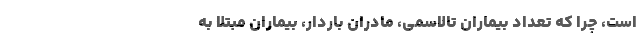
است، چرا که تعداد بیماران تالاسمی، مادران باردار، بیماران مبتلا به